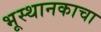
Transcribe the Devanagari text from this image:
भूस्थानकाचा